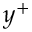
y ^ { + }